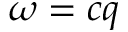
\omega = c q